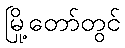
မြို့တော်တွင်